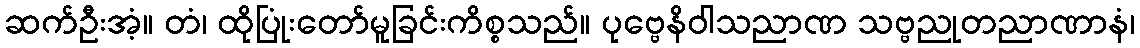
ဆက်ဦးအံ့။ တံ၊ ထိုပြုံးတော်မူခြင်းကိစ္စသည်။ ပုဗ္ဗေနိဝါသညာဏ သဗ္ဗညုတညာဏာနံ၊